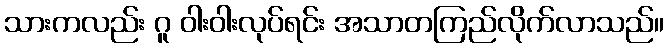
သားကလည်း ဂူ ဝါးဝါးလုပ်ရင်း အသာတကြည်လိုက်လာသည်။